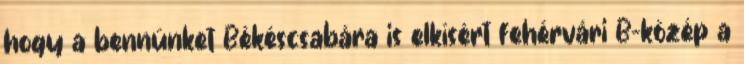
hogy a bennünket Békéscsabára is elkísért fehérvári B-közép a